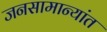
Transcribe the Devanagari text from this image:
जनसामान्यांत